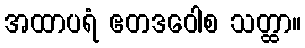
အထာပရံ ဧတဒဝေါစ သတ္ထာ။